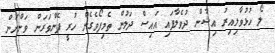
ލޯ ހުޅުވާލިއިރު އިޝާން ދުވެލާފައި އައިސް ދަލުން ތެމިފޯވެގެން ހުރީ ފެންވަރަން ވަންނަން